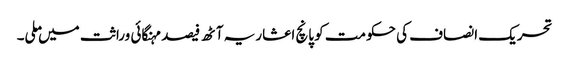
تحریک انصاف کی حکومت کو پانچ اعشاریہ آٹھ فیصد مہنگائی وراثت میں ملی۔